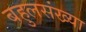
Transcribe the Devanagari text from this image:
बहुलसंख्या